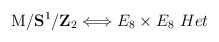
\begin{align*}{\rm M}/{\bf S}^1/{\bf Z}_2 \Longleftrightarrow E_8 \times E_8 \ Het\end{align*}